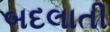
બદલાતી